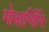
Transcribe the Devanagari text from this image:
मोक्षार्थिभिः